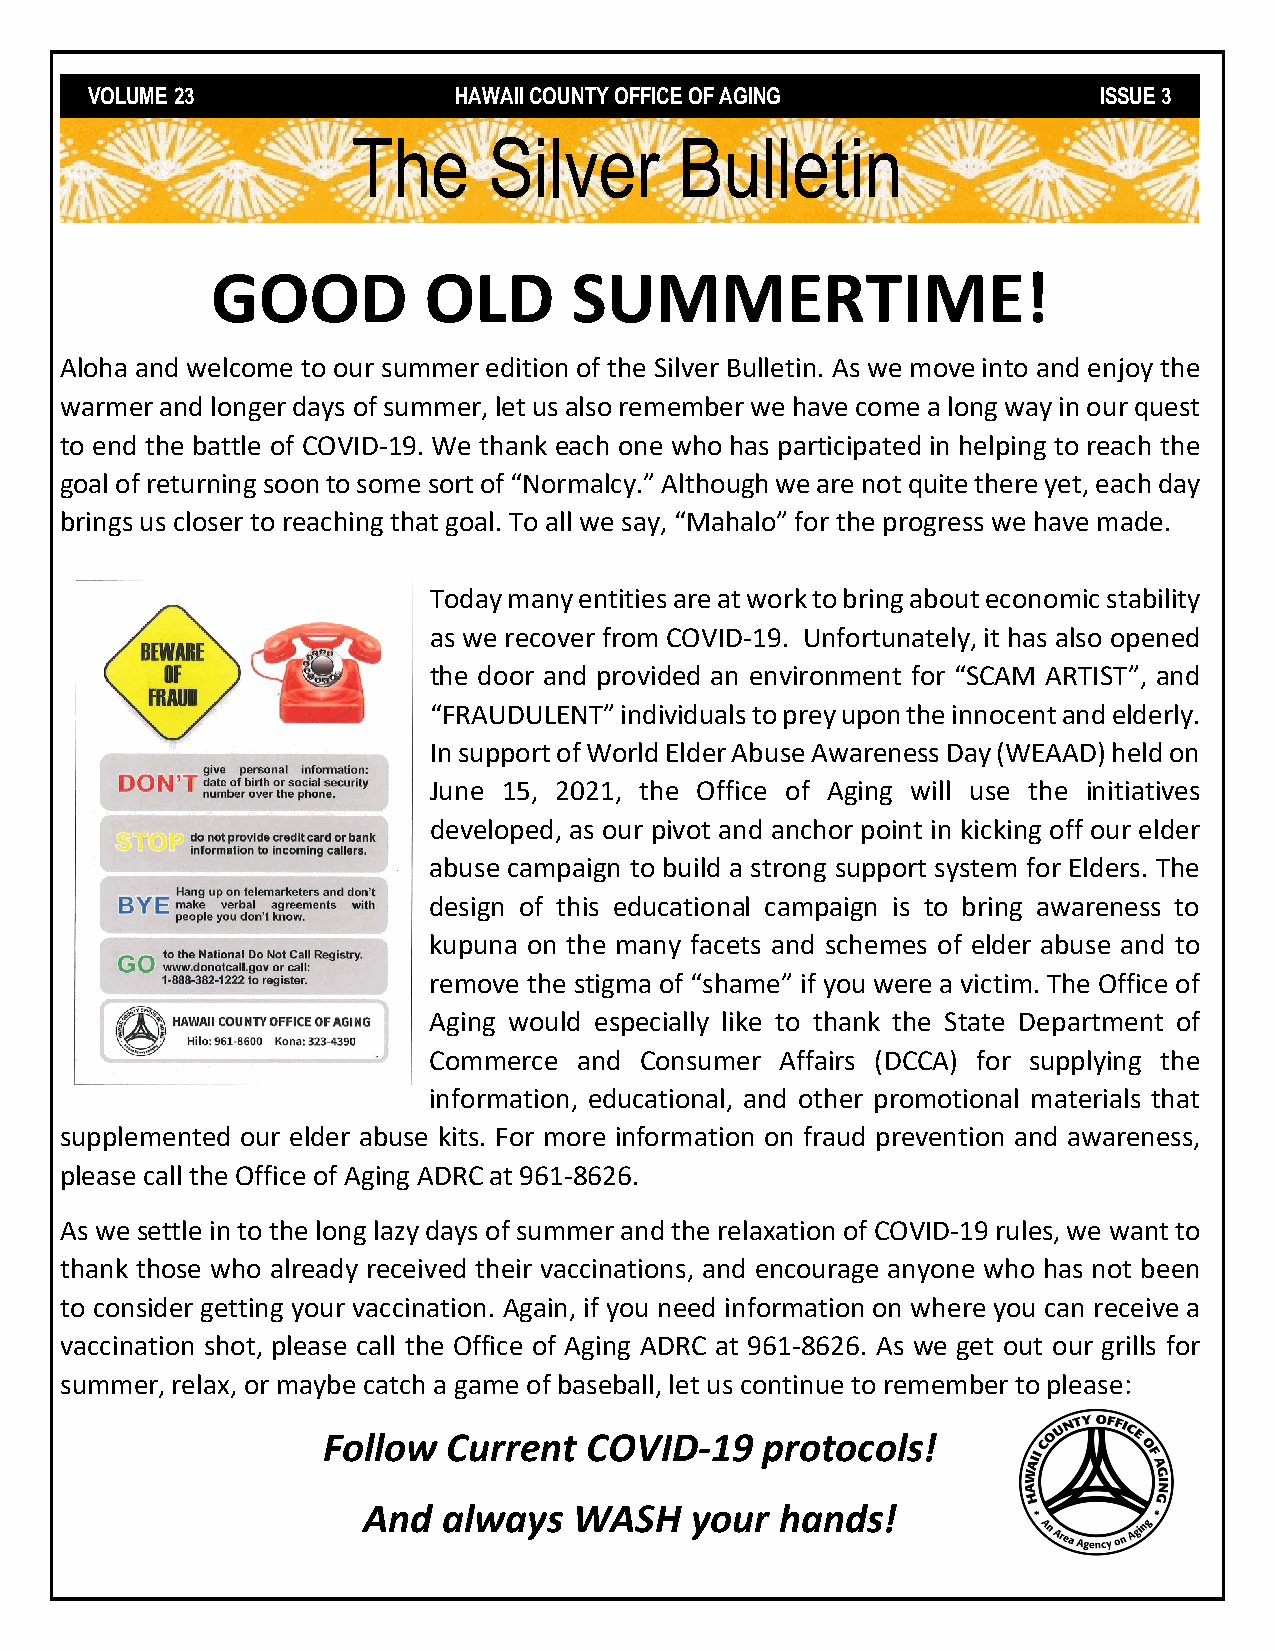
VOLUME 23               HAWAII COUNTY OFFICE OF AGING              ISSUE 3
 The      Silver       Bulletin
 GOOD          OLD       SUMMERTIME!
 Aloha and welcome to our summer edition of the Silver Bulletin. As we move into and enjoy the
 warmer and longer days of summer, let us also remember we have come a long way in our quest
 to end the battle of COVID-19. We thank each one who has participated in helping to reach the
 goal of returning soon to some sort of “Normalcy.” Although we are not quite there yet, each day
 brings us closer to reaching that goal. To all we say, “Mahalo” for the progress we have made.
 Today many entities are at work to bring about economic stability
 as we recover from COVID-19. Unfortunately, it has also opened
 the door and provided an environment for “SCAM ARTIST”, and
 “FRAUDULENT” individuals to prey upon the innocent and elderly.
 In support of World Elder Abuse Awareness Day (WEAAD) held on
 June 15, 2021, the Office of Aging will use the initiatives
 developed, as our pivot and anchor point in kicking off our elder
 abuse campaign to build a strong support system for Elders. The
 design of this educational campaign is to bring awareness to
 kupuna on the many facets and schemes of elder abuse and to
 remove the stigma of “shame” if you were a victim. The Office of
 Aging would especially like to thank the State Department of
 Commerce  and Consumer  Affairs (DCCA) for supplying the
 information, educational, and other promotional materials that
 supplemented our elder abuse kits. For more information on fraud prevention and awareness,
 please call the Office of Aging ADRC at 961-8626.
 As we settle in to the long lazy days of summer and the relaxation of COVID-19 rules, we want to
 thank those who already received their vaccinations, and encourage anyone who has not been
 to consider getting your vaccination. Again, if you need information on where you can receive a
 vaccination shot, please call the Office of Aging ADRC at 961-8626. As we get out our grills for
 summer, relax, or maybe catch a game of baseball, let us continue to remember to please:
 Follow   Current  COVID-19   protocols!
 And  always   WASH    your  hands!